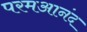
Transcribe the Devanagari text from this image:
परमआनंद